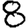
Digit: 8